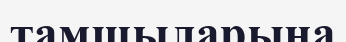
тамшыларына